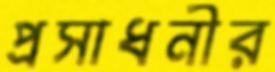
প্রসাধনীর